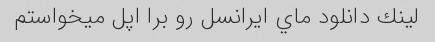
لينك دانلود ماي ايرانسل رو برا اپل ميخواستم